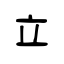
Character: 立